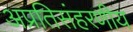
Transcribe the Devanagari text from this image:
अप्रतिसंहरणीय